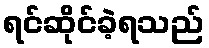
ရင်ဆိုင်ခဲ့ရသည်